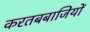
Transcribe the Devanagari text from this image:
करतबबाजियों